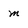
Character: m